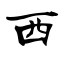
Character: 西